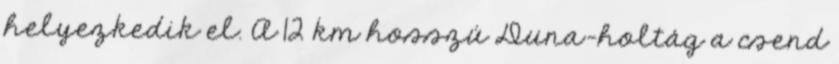
helyezkedik el. A 12 km hosszú Duna-holtág a csend